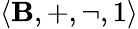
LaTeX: \langle\mathbf{B},+,\lnot,1\rangle